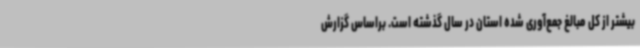
بیشتر از کل مبالغ جمع‌آوری شده استان در سال گذشته است. براساس گزارش